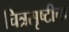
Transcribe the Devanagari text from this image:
चित्रसृष्टीचा